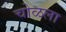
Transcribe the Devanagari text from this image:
चोळला